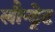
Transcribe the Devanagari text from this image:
लौन्ड्रेट